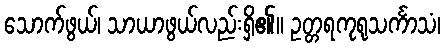
သောက်ဖွယ်၊ သာယာဖွယ်လည်းရှိ၏။ ဥတ္တရကုရုသင်္ကာသံ၊